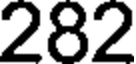
282